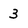
Character: 3